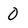
Character: 0